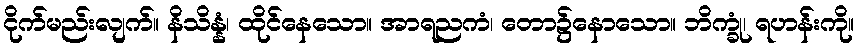
ငိုက်မည်းလျက်။ နိသိန္နံ၊ ထိုင်နေသော။ အာရညကံ၊ တော၌နောသော။ ဘိက္ခုံ၊ ရဟန်းကို။